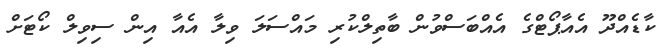
ކާޑެއްދޫ އެއާޕޯޓްގެ އެއްބަސްވުން ބާތިލްކުރި މައްސަލަ ވިލާ އެއާ އިން ސިވިލް ކޯޓަށް